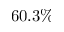
6 0 . 3 \%